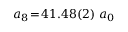
a _ { 8 } \! = \! 4 1 . 4 8 ( 2 ) ~ a _ { 0 }